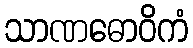
သာဏဓောဝိကံ